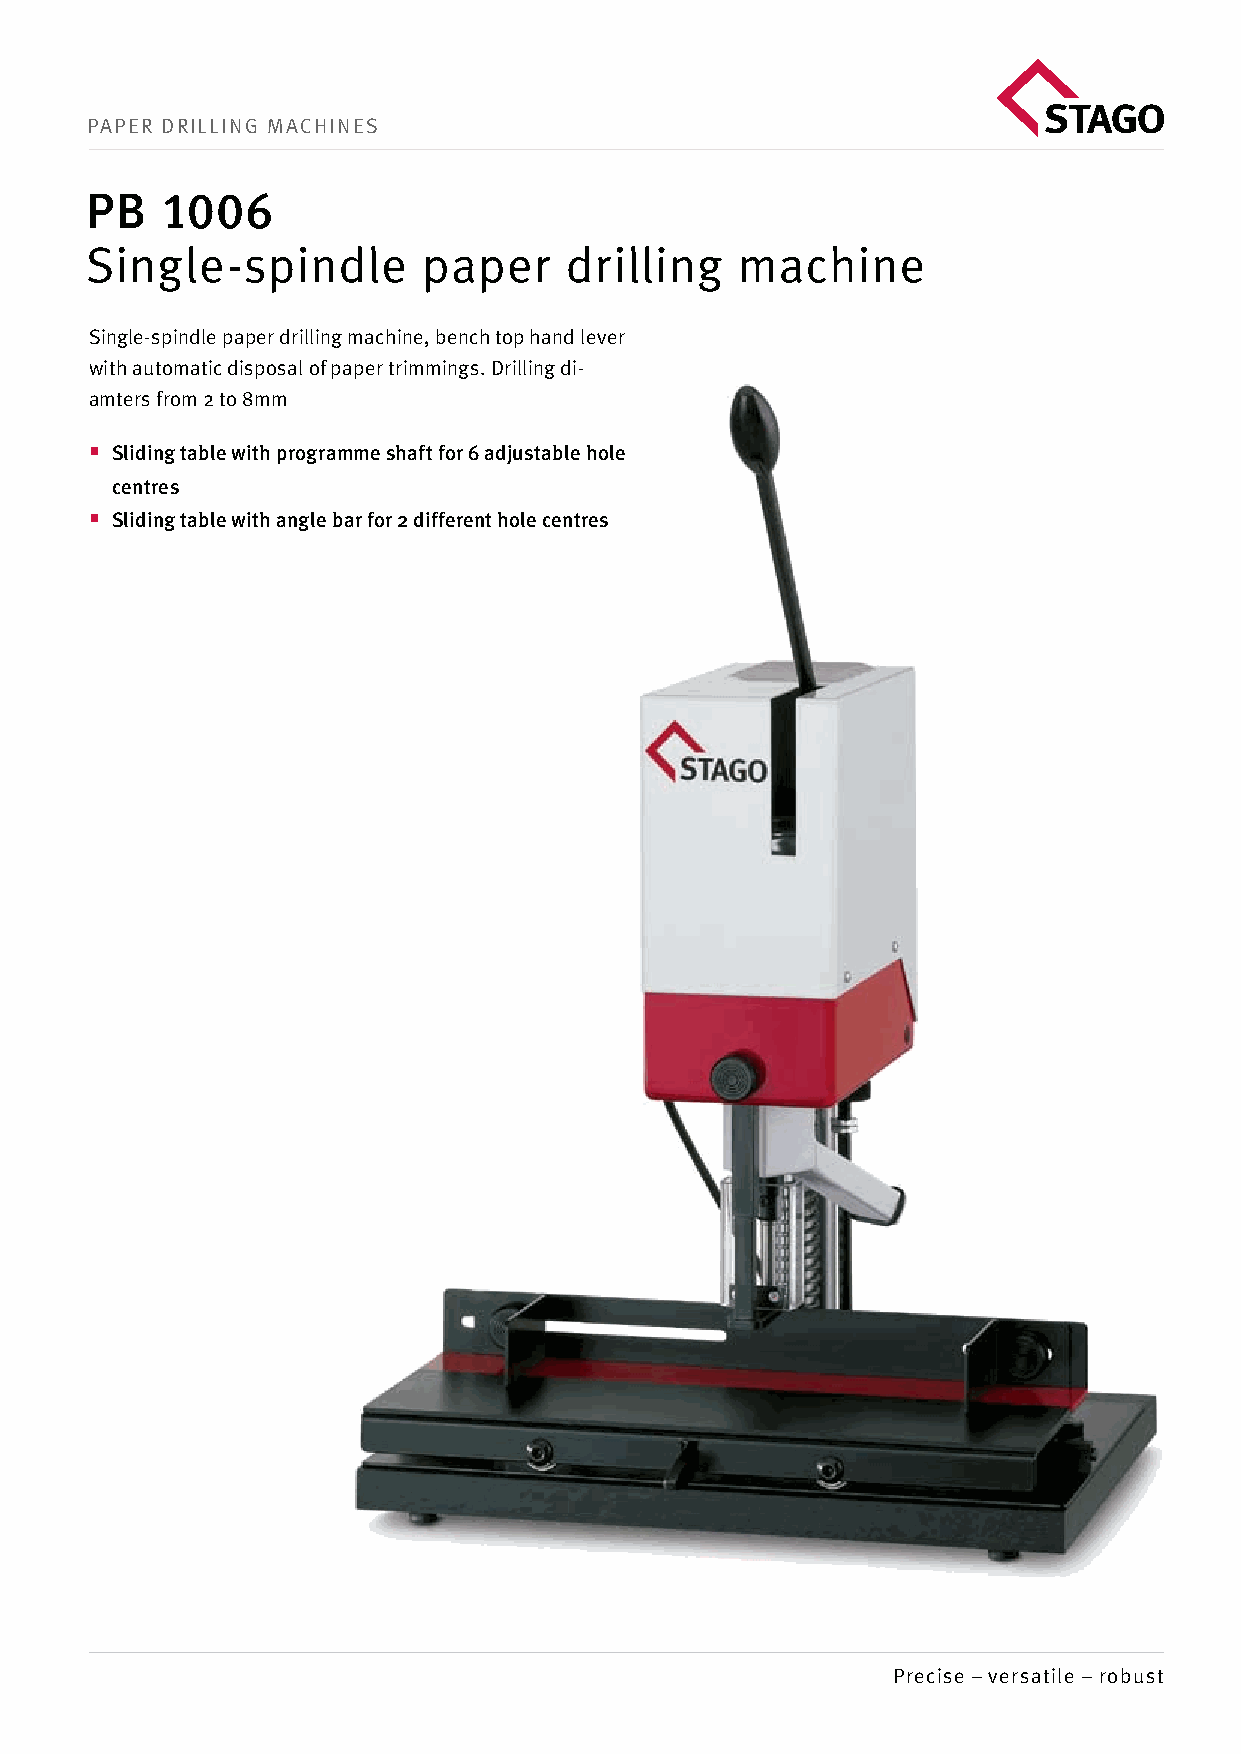
PaPer Drilling machineS
 PB   1006
 Single-spindle        paper    drilling    machine
 Single-spindle paper drilling machine, bench top hand lever
 with automatic disposal of paper trimmings. Drilling di-
 amters from 2 to 8mm
  Sliding table with programme shaft for 6 adjustable hole
 centres
  Sliding table with angle bar for 2 different hole centres
 Precise – versatile – robust